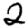
Digit: 2